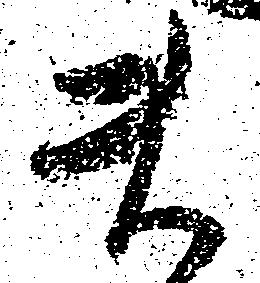
ま